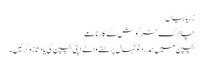
زریابیاں
چالاک خرگوش کے کارنامے
بچپن میں ہمدرد نونہال پڑھنے والے اپنی بچپن کی یاد تازہ کرلیں۔